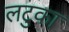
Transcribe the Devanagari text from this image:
लटुका